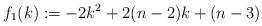
LaTeX: \begin{align*}f_1(k):=-2k^2+2(n-2)k+(n-3)\end{align*}